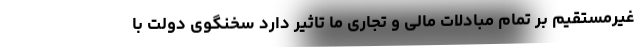
غیرمستقیم بر تمام مبادلات مالی و تجاری ما تاثیر دارد سخنگوی دولت با